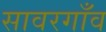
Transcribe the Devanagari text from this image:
सावरगाँव